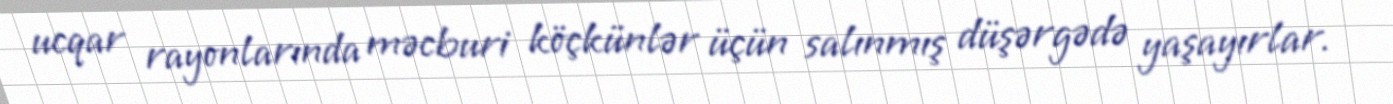
ucqar rayonlarında məcburi köçkünlər üçün salınmış düşərgədə yaşayırlar.